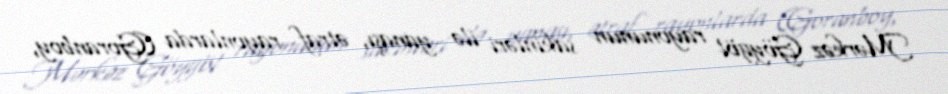
Mərkəz Göygöl rayonunun sakinləri ilə yanaşı, ətraf rayonlarda (Goranboy,